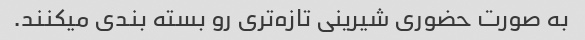
به صورت حضوری شیرینی تازه‌تری رو بسته بندی میکنند.